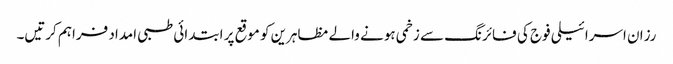
رزان اسرائیلی فوج کی فائرنگ سے زخمی ہونے والے مظاہرین کو موقع پر ابتدائی طبی امداد فراہم کرتیں۔